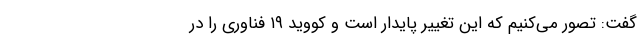
گفت: تصور می‌کنیم که این تغییر پایدار است و کووید ۱۹ فناوری را در